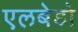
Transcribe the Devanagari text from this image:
एलबेडो